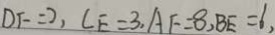
D F = 2 , C E = 3 , A F = 8 , B E = 6 ,